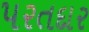
પરતદાર